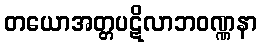
တယောအတ္တပဋိလာဘဝဏ္ဏနာ